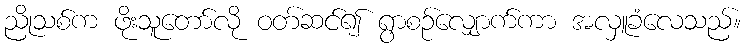
ညိုသစ်က ဖိုးသူတော်လို ဝတ်ဆင်၍ ရွာစဉ်လျှောက်ကာ အလှူခံလေသည်။